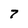
Character: 7